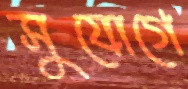
সুযোগে